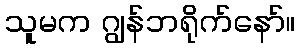
သူမက ဂျွန်ဘရိုက်နော်။